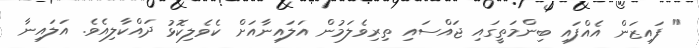
" ފައިޒަން އެއްފައި ބިންމަތީގައި ޖައްސައި ތިރިވެލަމުން އަލައިނާއަށް ކެވެލިކޮޅު ދައްކާލިއެވެ. އަލައިނާ